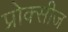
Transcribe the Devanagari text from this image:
प्रोक्सीज